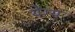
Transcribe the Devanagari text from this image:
येग्य